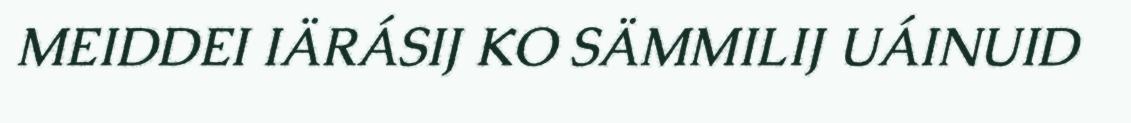
MEIDDEI IÄRÁSIJ KO SÄMMILIJ UÁINUID